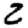
Digit: 2